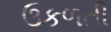
ઉકળતી